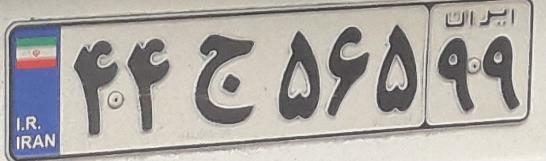
۴۴ج۵۶۵۹۹